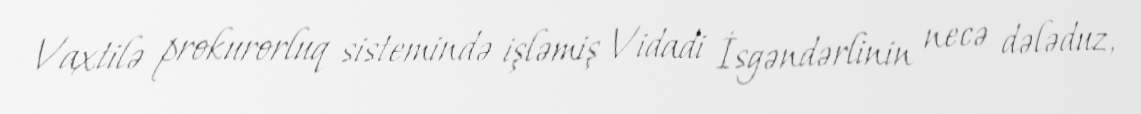
Vaxtilə prokurorluq sistemində işləmiş Vidadi İsgəndərlinin necə dələduz,